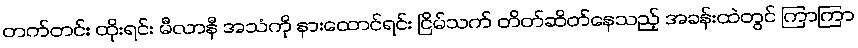
တက်တင်း ထိုးရင်း မီလာနီ အသံကို နားထောင်ရင်း ငြိမ်သက် တိတ်ဆိတ်နေသည့် အခန်းထဲတွင် ကြာကြာ